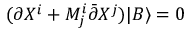
( \partial X ^ { i } + M _ { j } ^ { i } \bar { \partial } X ^ { j } ) | B \rangle = 0